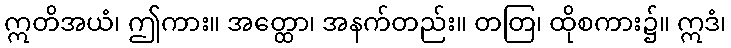
ဣတိအယံ၊ ဤကား။ အတ္ထော၊ အနက်တည်း။ တတြ၊ ထိုစကား၌။ ဣဒံ၊